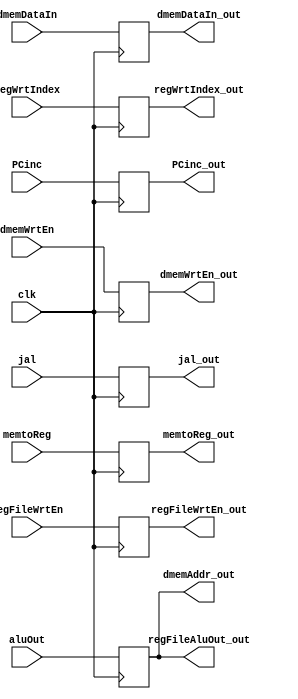

module PipeRegister(clk, dmemDataIn, dmemWrtEn,
							memtoReg, jal, //mux selectors
							PCinc, aluOut, regFileWrtEn, regWrtIndex,
							//outputs:
							dmemAddr_out, dmemDataIn_out, dmemWrtEn_out, memtoReg_out, jal_out,
							PCinc_out, regFileAluOut_out, regFileWrtEn_out, regWrtIndex_out);
							
	parameter DBITS = 32;
	parameter REG_INDEX_BIT_WIDTH = 4;

	input clk;
	input[DBITS-1:0] dmemDataIn, PCinc, aluOut;
	input dmemWrtEn, memtoReg, jal, regFileWrtEn;
	input[REG_INDEX_BIT_WIDTH - 1: 0] regWrtIndex;

	reg[DBITS-1:0] dmemDataIn_m, PCinc_m, aluOut_m;
	reg dmemWrtEn_m, memtoReg_m, jal_m, regFileWrtEn_m;
	reg[REG_INDEX_BIT_WIDTH-1: 0] regWrtIndex_m;

	output[DBITS-1:0] dmemAddr_out, regFileAluOut_out, dmemDataIn_out, PCinc_out;
	output dmemWrtEn_out, memtoReg_out, jal_out, regFileWrtEn_out;
	output[REG_INDEX_BIT_WIDTH-1:0] regWrtIndex_out;

	always @ (negedge clk) begin
		aluOut_m <= aluOut;
		PCinc_m <= PCinc;
		dmemDataIn_m <= dmemDataIn;
		//signals:
		dmemWrtEn_m <= dmemWrtEn;
		memtoReg_m <= memtoReg;
		jal_m <= jal;
		regFileWrtEn_m <= regFileWrtEn;
		regWrtIndex_m <= regWrtIndex;
	end

	assign dmemAddr_out = aluOut_m;
	assign regFileAluOut_out = aluOut_m;
	assign dmemDataIn_out = dmemDataIn_m;
	assign PCinc_out = PCinc_m;
	assign dmemWrtEn_out = dmemWrtEn_m;
	assign memtoReg_out = memtoReg_m;
	assign jal_out = jal_m;
	assign regFileWrtEn_out = regFileWrtEn_m;
	assign regWrtIndex_out = regWrtIndex_m;

endmodule